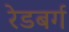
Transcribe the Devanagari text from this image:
रेडबर्ग